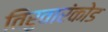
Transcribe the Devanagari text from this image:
तिरुवारंकोड